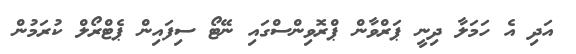
އަދި އެ ހަމަލާ ދިނީ ޕަރްވާން ޕްރޮވިންސްގައި ނޭޓޯ ސިފައިން ޕެޓްރޯލް ކުރަމުން